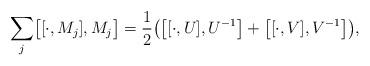
LaTeX: \begin{align*}\sum_j \bigl [[\cdot ,M_j],M_j\bigr ]={1\over 2}\bigl ( \bigl [[\cdot ,U],U^{-1}\bigr ]+\bigl [[\cdot ,V],V^{-1}\bigr ] \bigr ),\end{align*}